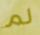
لم